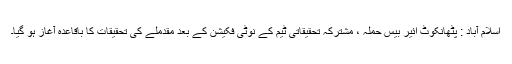
اسلام آباد : پٹھانکوٹ ائیر بیس حملہ ، مشترکہ تحقیقاتی ٹیم کے نوٹی فکیشن کے بعد مقدملے کی تحقیقات کا باقاعدہ آغاز ہو گیا۔